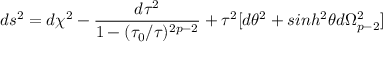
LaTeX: d s ^ { 2 } = d \chi ^ { 2 } - \frac { d \tau ^ { 2 } } { 1 - ( \tau _ { 0 } / \tau ) ^ { 2 p - 2 } } + \tau ^ { 2 } [ d \theta ^ { 2 } + s i n h ^ { 2 } \theta d \Omega _ { p - 2 } ^ { 2 } ]